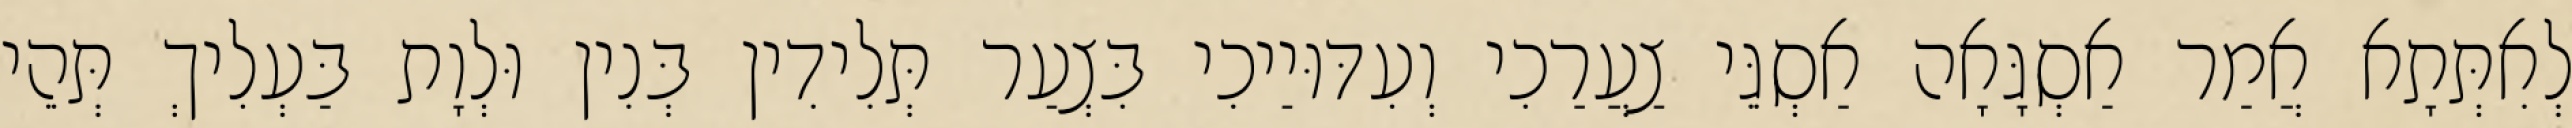
לְאִתְּתָא אֲמַר אַסְגָּאָה אַסְגֵּי צַעֲרַכִי וְעִדּוּיַיכִי בִּצְעַר תְּלִידִין בְּנִין וּלְוָת בַּעְלִיךְ תְּהֵי